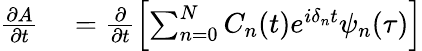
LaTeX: \begin{array}{rl}{\frac{\partial A}{\partial t}}&{{}=\frac{\partial}{\partial t}\left[\sum_{n=0}^{N}C_{n}(t)e^{i\delta_{n}t}{\psi}_{n}(\tau)\right]}\end{array}